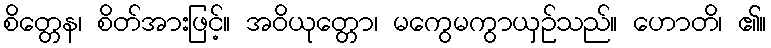
စိတ္တေန၊ စိတ်အားဖြင့်။ အဝိယုတ္တော၊ မကွေမကွာယှဉ်သည်။ ဟောတိ၊ ၏။